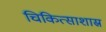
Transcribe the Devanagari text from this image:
चिकित्साशास्र